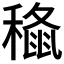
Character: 𮃞